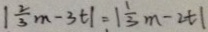
\vert \frac { 2 } { 3 } m - 3 t \vert = \vert \frac { 1 } { 3 } m - 2 t \vert